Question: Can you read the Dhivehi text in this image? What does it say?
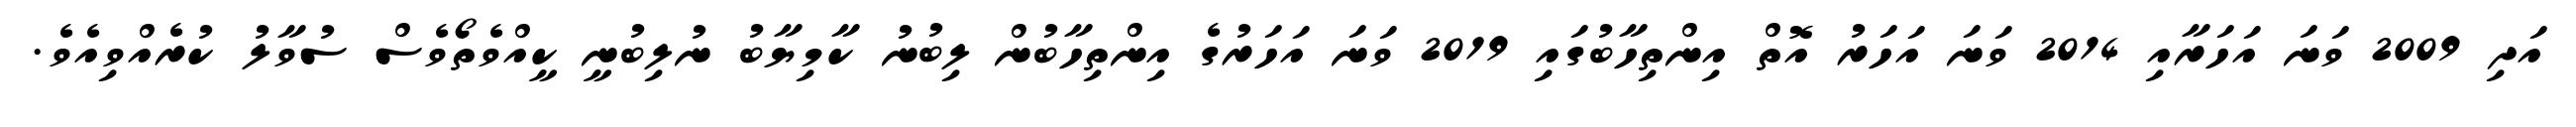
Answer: އަދި 2009 ވަނަ އަހަރާއި 2014 ވަނަ އަހަރު އޮތް އިންތިހާބުގައި 2019 ވަނަ އަހަރުގެ އިންތިހާބުން ލިބުނު ކާމިޔާބު ނުލިބުނީ ކީއްވެތޯވެސް ސުވާލު ކުރެއްވިއެވެ.